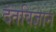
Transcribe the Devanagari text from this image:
दंतविज्ञान